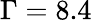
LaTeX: \Gamma=8.4